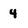
Character: 4